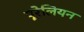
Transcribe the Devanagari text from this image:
यूरेलियन